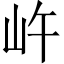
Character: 㞰